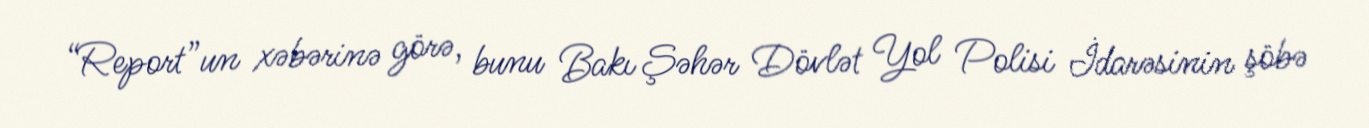
“Report”un xəbərinə görə, bunu Bakı Şəhər Dövlət Yol Polisi İdarəsinin şöbə